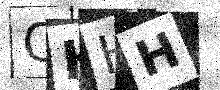
Text: CHHH